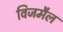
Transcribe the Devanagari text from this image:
विजमैल